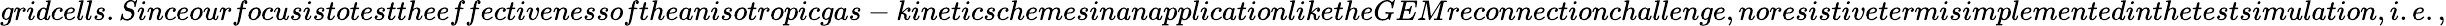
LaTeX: gridcells.Sinceourfocusistotesttheeffectivenessoftheanisotropicgas-kineticschemesinanapplicationliketheGEMreconnectionchallenge,noresistivetermisimplementedinthetestsimulation,i.e.,